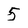
Character: 5